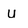
Character: U